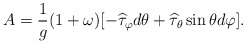
\begin{align*}A=\frac{1}{g}(1+\omega)[-\widehat\tau_{\varphi}d\theta+\widehat\tau_{\theta} \sin \theta d\varphi].\end{align*}